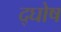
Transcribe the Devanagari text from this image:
द्घोष